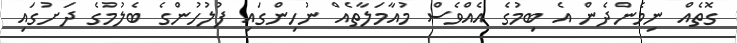
ގޮތެއް ނިމެންދެން އެ ބިމުގެ އެއްވެސް މުއާމަލާތެއް ނުހިންގައި ފުލުހުންގެ ބެލުމުގެ ދަށުގައި